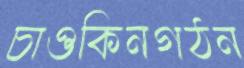
চাওকিনগঠন